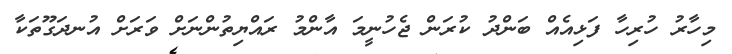
މިހާރު ހުރިހާ ފަޅިއެއް ބަންދު ކުރަން ޖެހުނީމަ އާންމު ރައްޔިތުންނަށް ވަރަށް އުނދަގޫތަކާ